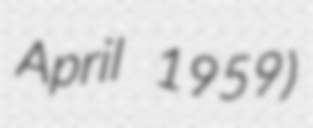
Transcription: April 1959)